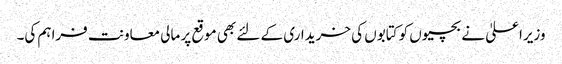
وزیراعلیٰ نے بچیوں کو کتابوں کی خریداری کے لئے بھی موقع پر مالی معاونت فراہم کی۔